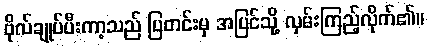
ဗိုလ်ချုပ်ပီးကာ့သည် ပြတင်းမှ အပြင်သို့ လှမ်းကြည့်လိုက်၏။